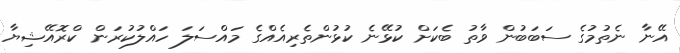
އޭނާ ނެތުމުގެ ސަބަބުން ވާތު ބެކަށް ކުޅޭނެ ކުޅުންތެރިއެއްގެ މައްސަލަ ހައްލުކުރަން ކްރޮއޭޝިޔާ